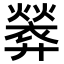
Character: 𫸢